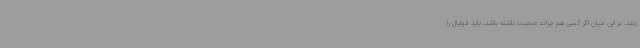
زدند. در این میان اگر کسی هم جرات صحبت داشته باشد، باید فوتبال را